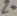
Text: Z0